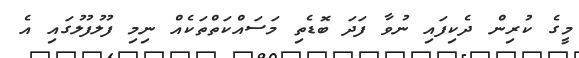
މީގެ ކުރިން ދެކިފައި ނުވާ ފަދަ ބޮޑެތި މަސައްކަތްތަކެއް ނިމި ފުލުފުލުގައި އެ